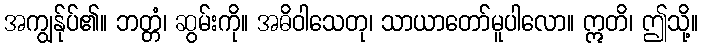
အကျွန်ုပ်၏။ ဘတ္တံ၊ ဆွမ်းကို။ အဓိဝါသေတု၊ သာယာတော်မူပါလော။ ဣတိ၊ ဤသို့။